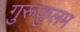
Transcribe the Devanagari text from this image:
गुरूकुलम